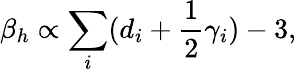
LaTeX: \beta_{h}\propto\sum_{i}(d_{i}+\frac{1}{2}\gamma_{i})-3,